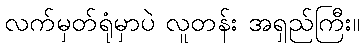
လက်မှတ်ရုံမှာပဲ လူတန်း အရှည်ကြီး။